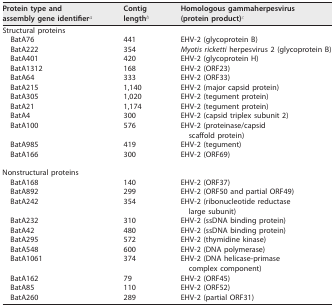
| Protein type andassembly gene identifiera | Contiglengthb | Homologous gammaherpesvirus(protein product)c |
 | --- | --- | --- |
 | Structural proteins |  |  |
 | BatA76 | 441 | EHV-2 (glycoprotein B) |
 | BatA222 | 354 | Myotis ricketti herpesvirus 2 (glycoprotein B) |
 | BatA401 | 420 | EHV-2 (glycoprotein H) |
 | BatA1312 | 168 | EHV-2 (ORF23) |
 | BatA64 | 333 | EHV-2 (ORF33) |
 | BatA215 | 1,140 | EHV-2 (major capsid protein) |
 | BatA305 | 1,020 | EHV-2 (tegument protein) |
 | BatA21 | 1,174 | EHV-2 (tegument protein) |
 | BatA4 | 300 | EHV-2 (capsid triplex subunit 2) |
 | BatA100 | 576 | EHV-2 (proteinase/capsidscaffold protein) |
 | BatA985 | 419 | EHV-2 (tegument) |
 | BatA166 | 300 | EHV-2 (ORF69) |
 | Nonstructural proteins |  |  |
 | BatA168 | 140 | EHV-2 (ORF37) |
 | BatA892 | 299 | EHV-2 (ORF50 and partial ORF49) |
 | BatA242 | 354 | EHV-2 (ribonucleotide reductaselarge subunit) |
 | BatA232 | 310 | EHV-2 (ssDNA binding protein) |
 | BatA42 | 480 | EHV-2 (ssDNA binding protein) |
 | BatA295 | 572 | EHV-2 (thymidine kinase) |
 | BatA548 | 600 | EHV-2 (DNA polymerase) |
 | BatA1061 | 374 | EHV-2 (DNA helicase-primasecomplex component) |
 | BatA162 | 79 | EHV-2 (ORF45) |
 | BatA85 | 110 | EHV-2 (ORF52) |
 | BatA260 | 289 | EHV-2 (partial ORF31) |